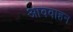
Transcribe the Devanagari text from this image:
आववाहन